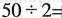
$$50\div2=$$